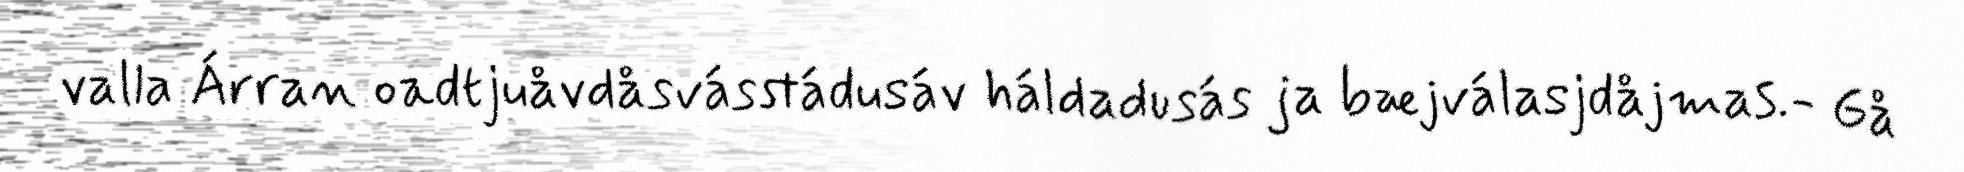
valla Árran oadtjuåvdåsvásstádusáv háldadusás ja bæjválasjdåjmas.- Gå